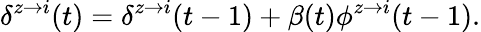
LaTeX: \delta^{z\rightarrow i}(t)=\delta^{z\rightarrow i}(t-1)+\beta(t)\phi^{z\rightarrow i}(t-1).